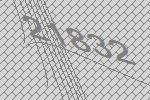
21832